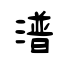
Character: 潽